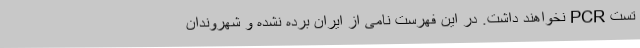
تست PCR نخواهند داشت. در این فهرست نامی از ایران برده نشده و شهروندان